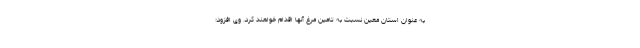
به عنوان استان معین نسبت به تامین مرغ آنها اقدام خواهند کرد. وی افزود: